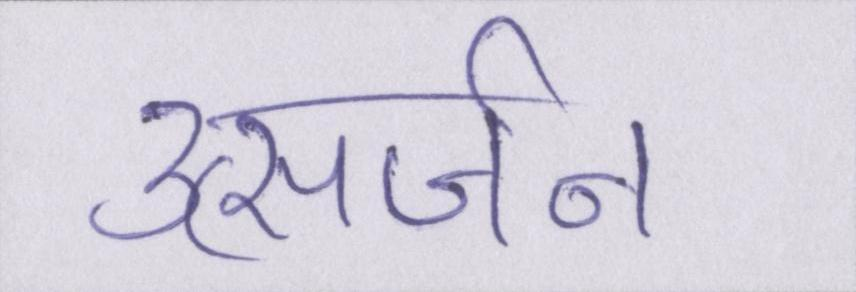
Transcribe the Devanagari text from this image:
उत्सर्जन